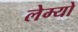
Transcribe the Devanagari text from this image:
लेम्यो